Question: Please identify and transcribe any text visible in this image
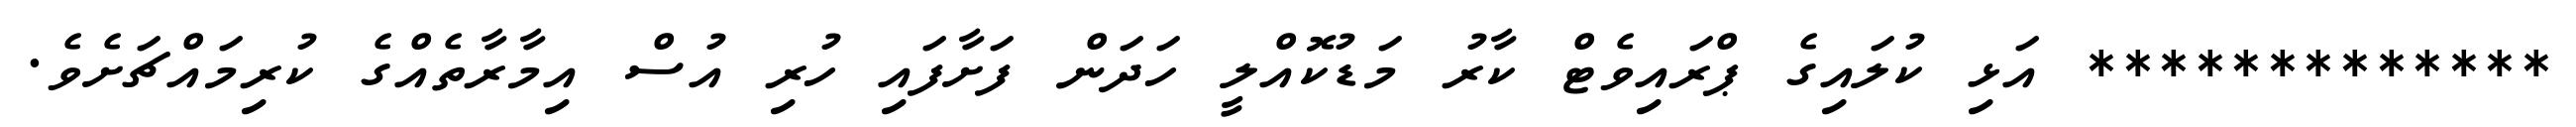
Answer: ************* އަޅި ކުލައިގެ ޕްރައިވެޓް ކާރު މަޑުކޮއްލީ ހަދަން ފަށާފައި ހުރި އުސް އިމާރާތެއްގެ ކުރިމައްޗަށެވެ.